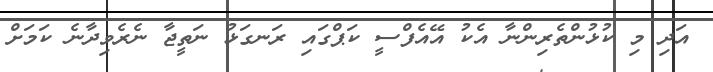
އަދި މި ކުޅުންތެރިންނާ އެކު އޭއެފްސީ ކަޕްގައި ރަނގަޅު ނަތީޖާ ނެރެވިދާނެ ކަމަށް